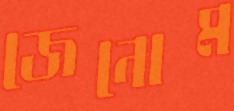
জেনোম